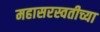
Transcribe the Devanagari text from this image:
महासरस्वतीच्या